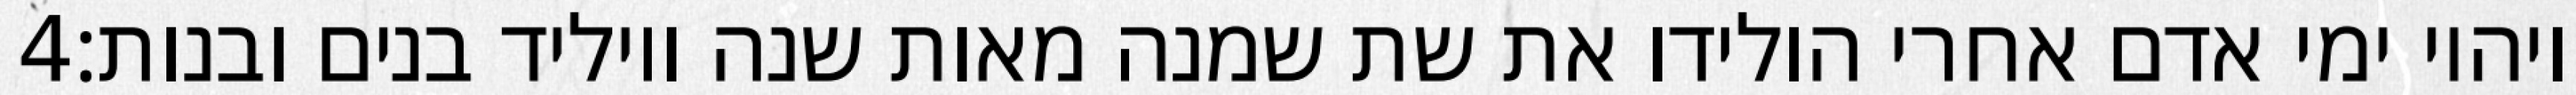
‎4‏ ויהיו ימי אדם אחרי הולידו את שת שמנה מאות שנה ויוליד בנים ובנות׃